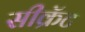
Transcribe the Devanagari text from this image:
सीक्रॅट